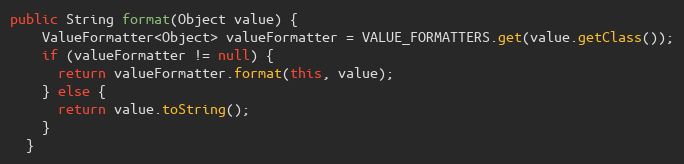
Language: Java
public String format(Object value) {
    ValueFormatter<Object> valueFormatter = VALUE_FORMATTERS.get(value.getClass());
    if (valueFormatter != null) {
      return valueFormatter.format(this, value);
    } else {
      return value.toString();
    }
  }